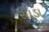
સાડા